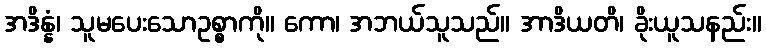
အဒိန္နံ၊ သူမပေးသောဥစ္စာကို။ ကော၊ အဘယ်သူသည်။ အာဒိယတိ၊ ခိုးယူသနည်း။